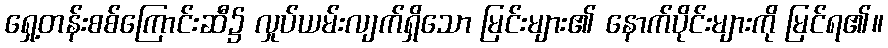
ရှေ့တန်းစစ်ကြောင်းဆီ၌ လှုပ်ယမ်းလျက်ရှိသော မြင်းများ၏ နောက်ပိုင်းများကို မြင်ရ၏။